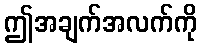
ဤအချက်အလက်ကို